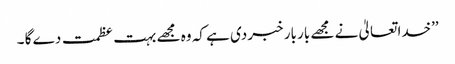
’’خدا تعالیٰ نے مجھے بار بار خبر دی ہے کہ وہ مجھے بہت عظمت دے گا ۔